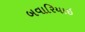
બવારિયાઇ